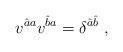
\begin{align*}v^{\hat aa} v^{\hat b a} = \delta^{\hat a\hat b}\; ,\end{align*}